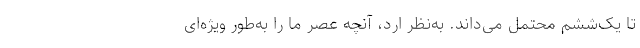
تا یک‌ششم محتمل می‌داند. به‌نظر اُرد، آنچه عصر ما را به‌طور ویژه‌ای